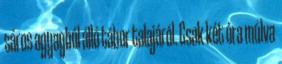
sáros agyagból álló tábor talajáról. Csak két óra múlva